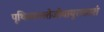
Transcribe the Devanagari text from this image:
पृथिव्यपस्तेजोवायुराकाशं